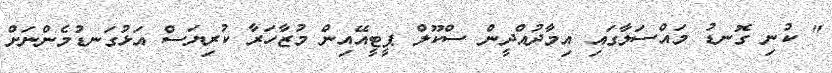
" ކުނި ގޮނޑު މައްސަލާގައި އިމާދުއްދީން ސްކޫލް ޕީޓީއޭއިން މުޒާހަރާ ކުރިޔަސް އަޅުގަނޑުމެންނަށް